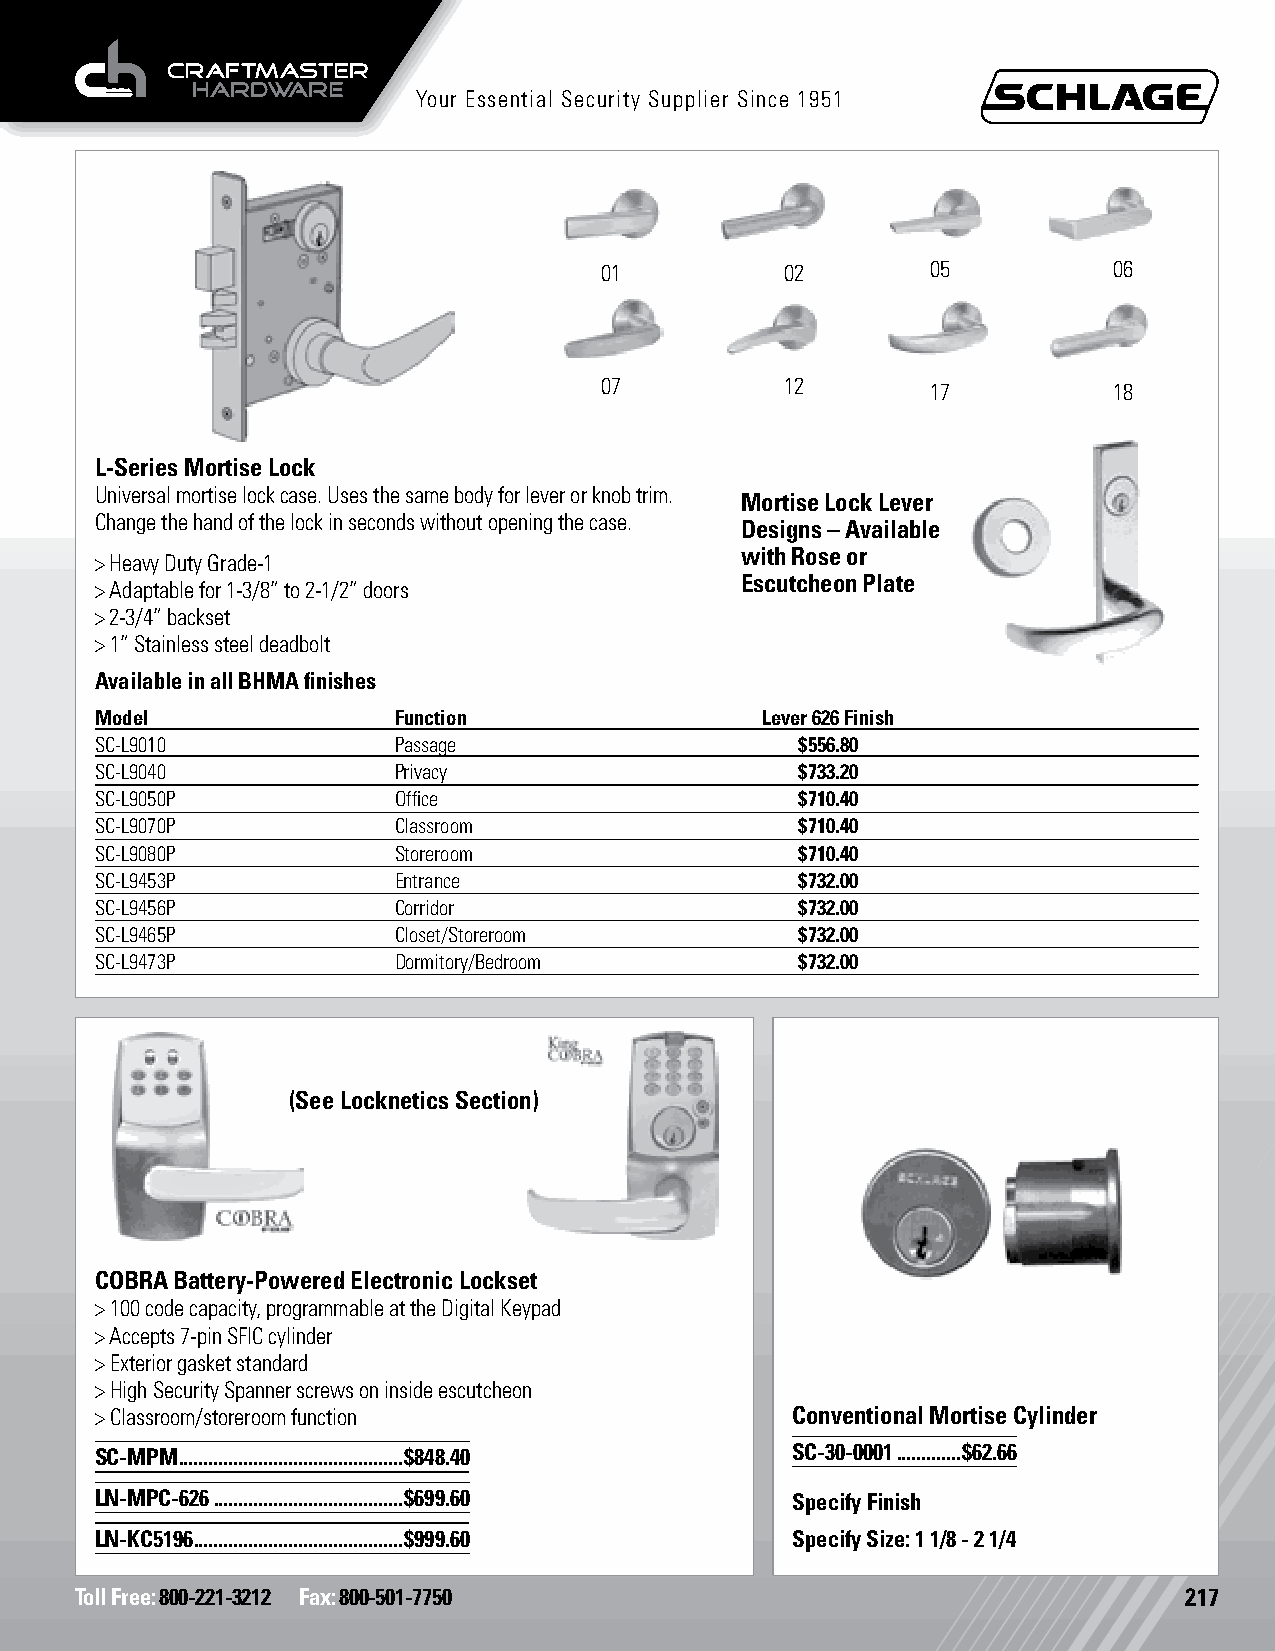
Your Essential Security Supplier Since 1951
 01          02        05          06
 07          12
 17          18
 L-Series Mortise Lock
 Universal mortise lock case. Uses the same body for lever or knob trim.
 Mortise Lock Lever
 Change the hand of the lock in seconds without opening the case.
 Designs – Available
 with Rose or
 > Heavy Duty Grade-1
 Escutcheon Plate
 > Adaptable for 1-3/8” to 2-1/2” doors
 > 2-3/4” backset
 > 1” Stainless steel deadbolt
 Available in all BHMA finishes
 Model               Function                Lever 626 Finish
 SC-L9010            Passage                    $556.80
 SC-L9040            Privacy                    $733.20
 SC-L9050P           Office                     $710.40
 SC-L9070P           Classroom                  $710.40
 SC-L9080P           Storeroom                  $710.40
 SC-L9453P           Entrance                   $732.00
 SC-L9456P           Corridor                   $732.00
 SC-L9465P           Closet/Storeroom           $732.00
 SC-L9473P           Dormitory/Bedroom          $732.00
 (See Locknetics Section)
 COBRA Battery-Powered Electronic Lockset
 > 100 code capacity, programmable at the Digital Keypad
 > Accepts 7-pin SFIC cylinder
 > Exterior gasket standard
 > High Security Spanner screws on inside escutcheon
 > Classroom/storeroom function                Conventional Mortise Cylinder
 SC-MPM .............................................$848.40 SC-30-0001 .............$62.66
 LN-MPC-626 ......................................$699.60 Specify Finish
 LN-KC5196 ..........................................$999.60 Specify Size: 1 1/8 - 2 1/4
 Toll Free: 800-221-3212 Fax: 800-501-7750                                217